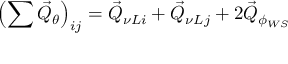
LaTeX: \left( \sum \vec { Q } _ { \theta } \right) _ { i j } = \vec { Q } _ { \nu L i } + \vec { Q } _ { \nu L j } + 2 \vec { Q } _ { \phi _ { W S } }